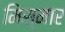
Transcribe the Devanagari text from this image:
मिस्मार